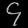
Digit: ၄